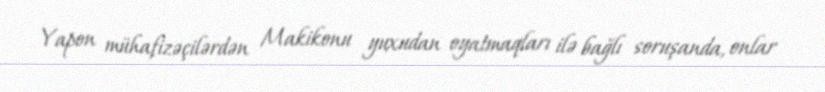
Yapon mühafizəçilərdən Makikonu yuxudan oyatmaqları ilə bağlı soruşanda, onlar